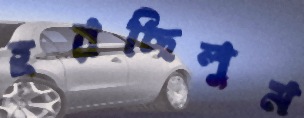
হরছিলুম